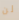
لن